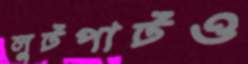
লুটপাটও